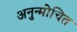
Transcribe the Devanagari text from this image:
अनुन्मोचित